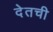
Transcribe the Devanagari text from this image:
देतची